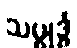
သမ္ဗုဒ္ဓံ